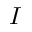
I